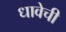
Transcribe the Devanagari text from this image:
धावेची